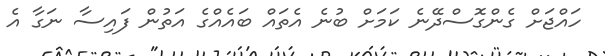
ހައްޖަށް ގެންގޮސްދޭނެ ކަމަށް ބުނެ އެތައް ބައެއްގެ އަތުން ފައިސާ ނަގާ އެ